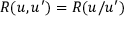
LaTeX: R ( u , u ^ { \prime } ) = R ( u / u ^ { \prime } )